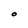
Character: O